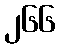
၂၆၆